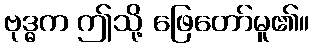
ဗုဒ္ဓက ဤသို့ ဖြေတော်မူ၏။